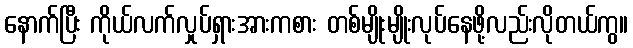
နောက်ပြီး ကိုယ်လက်လှုပ်ရှားအားကစား တစ်မျိုးမျိုးလုပ်နေဖို့လည်းလိုတယ်ကွ။